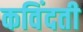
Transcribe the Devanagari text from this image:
कविंदती